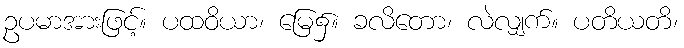
ဥပမာအားဖြင့်။ ပထဝိယာ၊ မြေ၌။ ခလိတော၊ လဲလျှက်။ ပတိယတိ၊